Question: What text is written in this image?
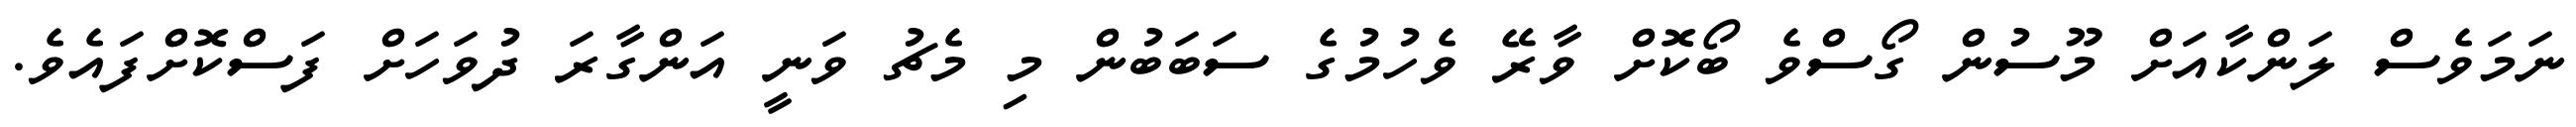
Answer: ނަމަވެސް ލަންކާއަށް މޫސުން ގޯސްވެ ބޯކޮށް ވާރޭ ވެހުމުގެ ސަބަބުން މި މެޗު ވަނީ އަންގާރަ ދުވަހަށް ފަސްކޮށްފައެވެ.